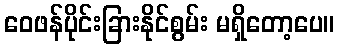
ဝေဖန်ပိုင်းခြားနိုင်စွမ်း မရှိတော့ပေ။